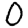
Digit: 0